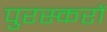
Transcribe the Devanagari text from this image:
पुरस्करों